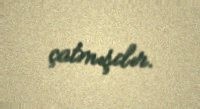
çatmışdır.